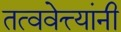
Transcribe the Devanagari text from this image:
तत्ववेत्त्यांनी